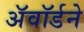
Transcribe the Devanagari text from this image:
अॅवॉर्डने